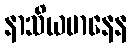
နာသိယမာနေန